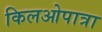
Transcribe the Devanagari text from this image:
किलओपात्रा